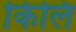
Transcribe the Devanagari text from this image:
किलि